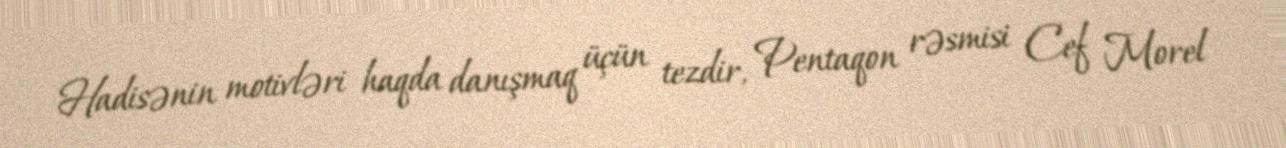
Hadisənin motivləri haqda danışmaq üçün tezdir, Pentaqon rəsmisi Cef Morel